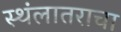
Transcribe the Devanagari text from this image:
स्थंलातराचा